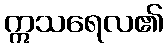
ဣသရေလ၏